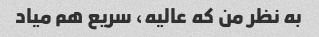
به نظر من که عالیه، سریع هم میاد